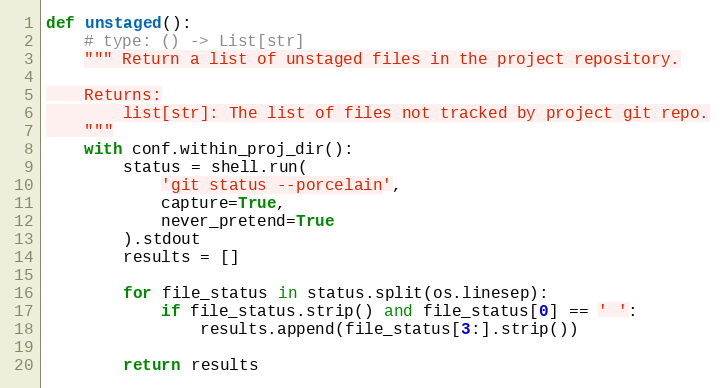
Language: Python
def unstaged():
    # type: () -> List[str]
    """ Return a list of unstaged files in the project repository.

    Returns:
        list[str]: The list of files not tracked by project git repo.
    """
    with conf.within_proj_dir():
        status = shell.run(
            'git status --porcelain',
            capture=True,
            never_pretend=True
        ).stdout
        results = []

        for file_status in status.split(os.linesep):
            if file_status.strip() and file_status[0] == ' ':
                results.append(file_status[3:].strip())

        return results